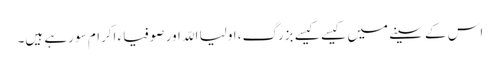
اس کے سینے میں کیسے کیسے بزرگ، اولیا اللّہ اور صوفیاء اکرام سو رہے ہیں۔